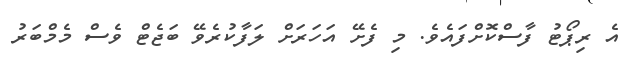
އެ ރިޕޯޓު ފާސްކޮށްފައެވެ. މި ފެށޭ އަހަރަށް ލަފާކުރެވޭ ބަޖެޓް ވެސް މެމްބަރު